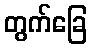
တွက်ခြေ